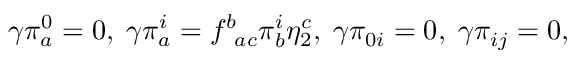
\gamma \pi _ { a } ^ { 0 } = 0 , \; \gamma \pi _ { a } ^ { i } = f _ { \; \; a c } ^ { b } \pi _ { b } ^ { i } \eta _ { 2 } ^ { c } , \; \gamma \pi _ { 0 i } = 0 , \; \gamma \pi _ { i j } = 0 ,